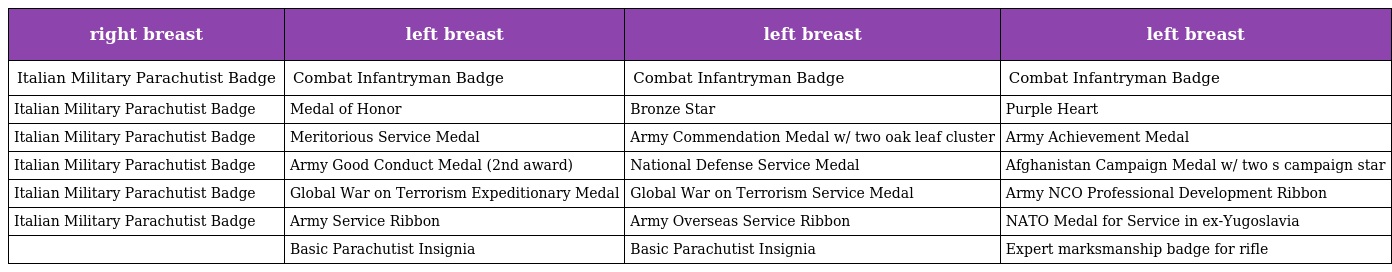
| right breast | left breast | left breast | left breast |
 | --- | --- | --- | --- |
 | Italian Military Parachutist Badge | Combat Infantryman Badge | Combat Infantryman Badge | Combat Infantryman Badge |
 | Italian Military Parachutist Badge | Medal of Honor | Bronze Star | Purple Heart |
 | Italian Military Parachutist Badge | Meritorious Service Medal | Army Commendation Medal w/ two oak leaf cluster | Army Achievement Medal |
 | Italian Military Parachutist Badge | Army Good Conduct Medal (2nd award) | National Defense Service Medal | Afghanistan Campaign Medal w/ two s campaign star |
 | Italian Military Parachutist Badge | Global War on Terrorism Expeditionary Medal | Global War on Terrorism Service Medal | Army NCO Professional Development Ribbon |
 | Italian Military Parachutist Badge | Army Service Ribbon | Army Overseas Service Ribbon | NATO Medal for Service in ex-Yugoslavia |
 |  | Basic Parachutist Insignia | Basic Parachutist Insignia | Expert marksmanship badge for rifle |